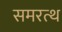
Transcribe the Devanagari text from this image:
समरत्थ